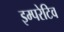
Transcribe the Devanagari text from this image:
इम्परेटिव